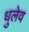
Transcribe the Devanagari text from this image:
धुलेव